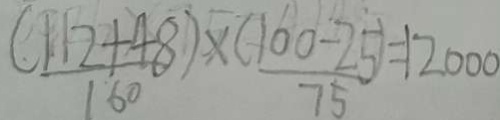
\frac { ( 1 2 + 4 8 ) } { 1 6 0 } \times \frac { ( 1 0 0 - 2 5 ) } { 7 5 } = 1 2 0 0 0